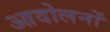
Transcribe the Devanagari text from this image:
आदोलनों